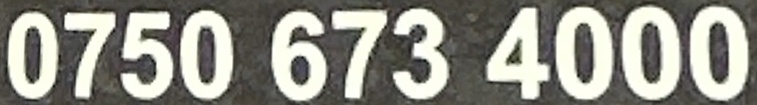
0750 673 4000